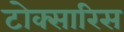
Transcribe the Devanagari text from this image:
टोक्सारिस